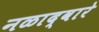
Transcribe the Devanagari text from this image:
नळाद्वारे